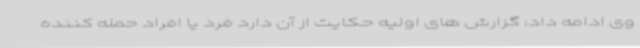
وی ادامه داد: گزارش های اولیه حکایت از آن دارد فرد یا افراد حمله کننده